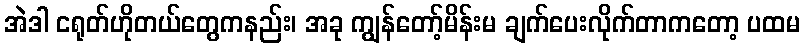
အဲဒါ ငရုတ်ဟိုတယ်တွေကနည်း၊ အခု ကျွန်တော့်မိန်းမ ချက်ပေးလိုက်တာကတော့ ပထမ